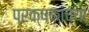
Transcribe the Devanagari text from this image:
प्रक्षकांच्या